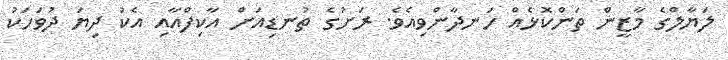
ލަޔާލްގެ މާޒީން ތަންކޮޅެއް ހަނދާންވިއެވެ. ރަށުގެ ތުނޑިއަށް އާކިފްއާއި އެކު ދިޔަ ދުވަހަކު